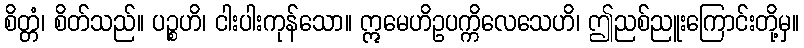
စိတ္တံ၊ စိတ်သည်။ ပဉ္စဟိ၊ ငါးပါးကုန်သော။ ဣမေဟိဥပက္ကိလေသေဟိ၊ ဤညစ်ညူးကြောင်းတို့မှ။